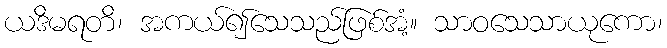
ယဒိမရတိ၊ အကယ်၍သေသည်ဖြစ်အံ့။ သာဝသေသာယုကော၊